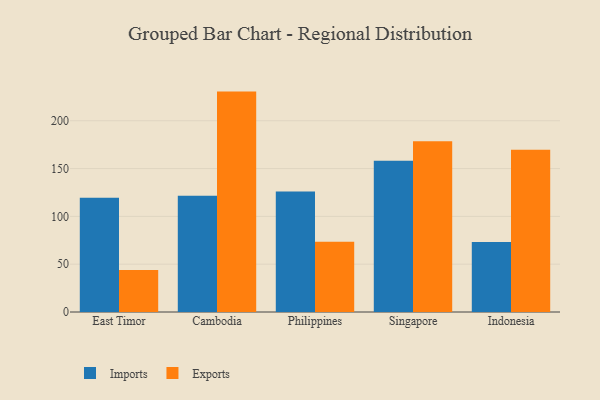
{"axis": {"x": "Country", "y": "Market Share (%)"}, "legend": ["Exports", "Imports"], "data": [{"x": "East Timor", "y": 119.4, "type": "Imports"}, {"x": "East Timor", "y": 44.0, "type": "Exports"}, {"x": "Cambodia", "y": 121.7, "type": "Imports"}, {"x": "Cambodia", "y": 230.5, "type": "Exports"}, {"x": "Philippines", "y": 125.9, "type": "Imports"}, {"x": "Philippines", "y": 73.5, "type": "Exports"}, {"x": "Singapore", "y": 158.2, "type": "Imports"}, {"x": "Singapore", "y": 178.6, "type": "Exports"}, {"x": "Indonesia", "y": 73.1, "type": "Imports"}, {"x": "Indonesia", "y": 169.6, "type": "Exports"}]}